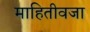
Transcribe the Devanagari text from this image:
माहितीवजा